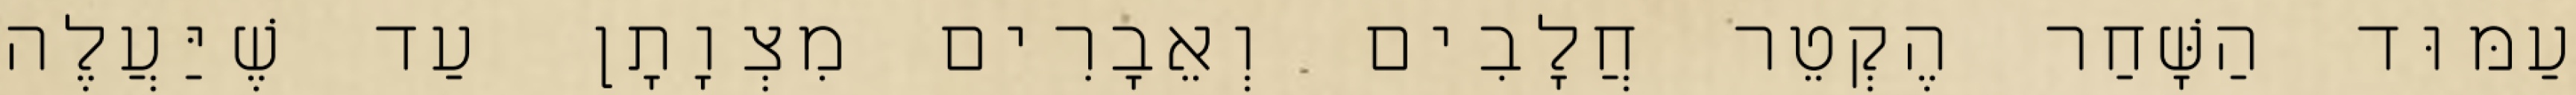
עַמּוּד הַשָּׁחַר הֶקְטֵר חֲלָבִים וְאֵבָרִים מִצְוָתָן עַד שֶׁיַּעֲלֶה